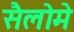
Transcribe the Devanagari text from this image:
सैलोमे